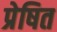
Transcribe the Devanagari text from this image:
प्रेषित